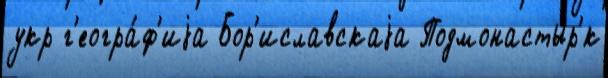
укр г'еогра́ф'иjа Бор'иславскаjа Подмонастыр'́к